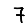
Digit: 7